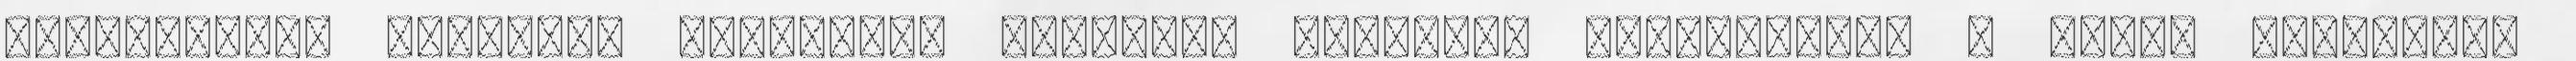
univerzális vetületű békessége adhjátma praszáda kapcsolódik a tudat mindenütt